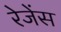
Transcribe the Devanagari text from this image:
रेजेंस